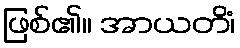
ဖြစ်၏။ အာယတိံ၊